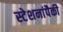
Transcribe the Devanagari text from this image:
स्टेशनांपैकी